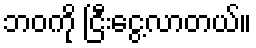
ဘဝကို ငြီးငွေ့လာတယ်။